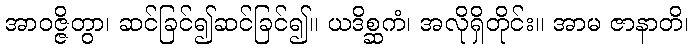
အာဝဇ္ဇိတွာ၊ ဆင်ခြင်၍ဆင်ခြင်၍။ ယဒိစ္ဆကံ၊ အလိုရှိတိုင်း။ အာမ ဇာနာတိ၊